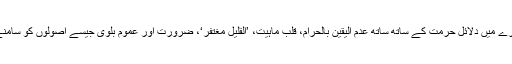
مفتیانِ کرام ہی ان مصنوعات کے بارے میں دلائل حرمت کے ساتھ ساتھ عدم الیقین بالحرام، قلبِ ماہیت، ’القلیل مغتفر‘، ضرورت اور عموم بلویٰ جیسے اصولوں کو سامنے رکھتے ہوئے فیصلہ فرمائیں گے۔